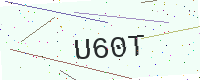
Text: U60T